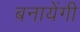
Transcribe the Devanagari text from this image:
बनायेंगी